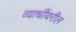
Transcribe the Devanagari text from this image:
व्याधींवरील